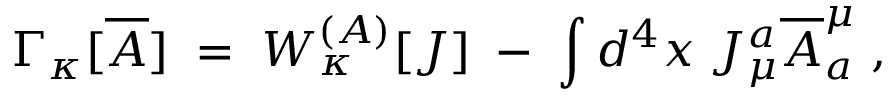
{ \Gamma } _ { \kappa } [ \overline { { { A } } } ] \; = \; { W } _ { \kappa } ^ { ( { \cal A } ) } [ { \cal J } ] \; - \; \int d ^ { 4 } x \; { \cal J } _ { \mu } ^ { a } \overline { { { A } } } _ { a } ^ { \mu } \; ,